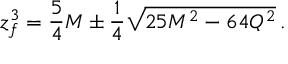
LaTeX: z _ { f } ^ { 3 } = { \frac { 5 } { 4 } } M \pm { \frac { 1 } { 4 } } \sqrt { 2 5 M ^ { 2 } - 6 4 Q ^ { 2 } } \, .